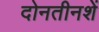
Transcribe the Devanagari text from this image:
दोनतीनशें